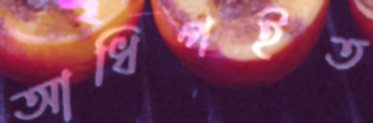
আধিপইত